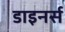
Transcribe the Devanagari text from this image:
डाइनर्स